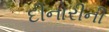
દીનોરીની